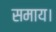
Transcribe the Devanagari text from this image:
समाय।